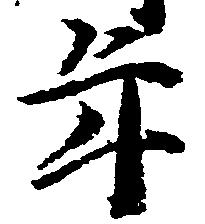
年